Indian journal of veterinary science and animal husbandry - Volume 5,
Year: 1935
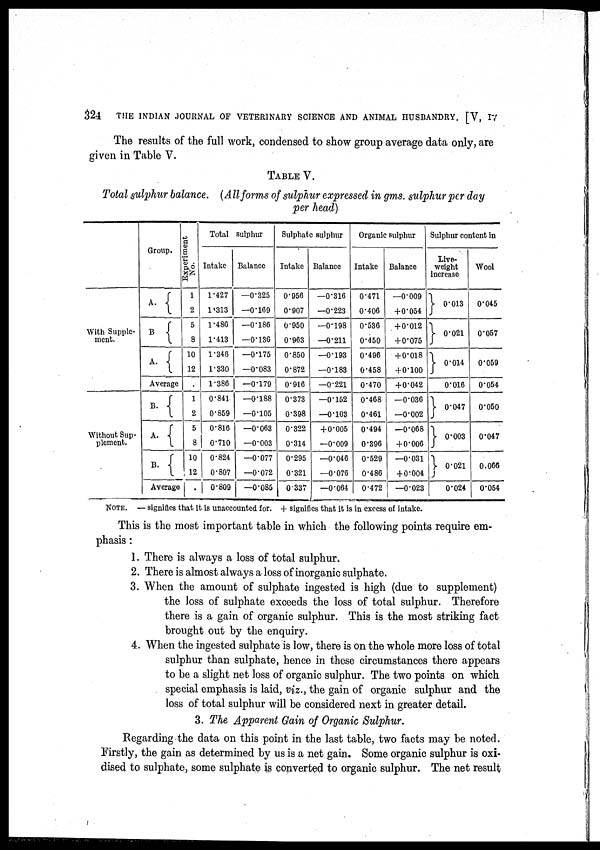
324
THE INDIAN JOURNAL OF VETERINARY SCIENCE AND ANIMAL HUSBANDRY. [V, IV
The results of the full work, condensed to show group average data only, are
given in Table V.
TABLE V
Total sulphur balance. (All forms of sulphur expressed in gms. sulphur per day
per head)
With Supple-
ment.
Without Sup-
plement.
Group.
A. {
B. {
A. {
Average
B. {
A. {
B. {
Average
Experiment
No.
1
2
5
8
10
12
.
1
2
5
8
10
12
.
Total sulphur
Intake
1.427
1.313
1.486
1.413
1.346
1.330
1.386
0.841
0.859
0.816
0.710
0.824
0.807
0.809
Balance
—0.325
—0.169
—0.186
—0.136
—0.175
—0.083
—0.179
—0.188
—0.105
—0.063
—0.003
—0.077
—0.072
—0.085
Sulphate sulphur
Intake
0.956
0.907
0.950
0.963
0.850
0.872
0.916
0.373
0.398
0.322
0.314
0.295
0.321
0.337
Balance
—0.316
—0.223
—0.198
—0.211
—0.193
—0.183
—0.221
—0.152
—0.103
+0.005
—0.009
—0.046
—0.076
—0.064
Organic sulphur
Intake
0.471
0.406
0.536
0.450
0.496
0.458
0.470
0.468
0.461
0.494
0.396
0.529
0.486
0.472
Balance
—0.009
+ 0.054
+ 0.012
+ 0.075
+ 0.018
+ 0.100
+ 0.042
—0.036
—0.002
—0.068
+ 0.006
—0.031
+ 0.004
—0.023
Sulphur content in
Live-
weight
increase
} 0.013
} 0.021
} 0.014
0.016
} 0.047
} 0.003
} 0.021
0.024
Wool
0.045
0.057
0.059
0.054
0.050
0.047
0.066
0.054
NOTE. — signifies that it is unaccounted for. + signifies that it is in excess of intake.
This is the most important table in which the following points require em-
phasis :
1. There is always a loss of total sulphur.
2. There is almost always a loss of inorganic sulphate.
3. When the amount of sulphate ingested is high (due to supplement)
the loss of sulphate exceeds the loss of total sulphur. Therefore
there is a gain of organic sulphur. This is the most striking fact
brought out by the enquiry.
4. When the ingested sulphate is low, there is on the whole more loss of total
sulphur than sulphate, hence in these circumstances there appears
to be a slight net loss of organic sulphur. The two points on which
special emphasis is laid, viz., the gain of organic sulphur and the
loss of total sulphur will be considered next in greater detail.
3. The Apparent Gain of Organic Sulphur.
Regarding the data on this point in the last table, two facts may be noted.
Firstly, the gain as determined by us is a net gain. Some organic sulphur is oxi-
dised to sulphate, some sulphate is converted to organic sulphur. The net result